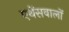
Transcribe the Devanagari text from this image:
एथेंसवालों